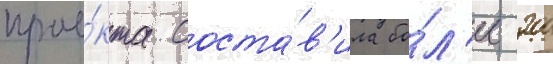
прое́кта соста́в'ила бо́л'ее 200